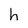
Character: h